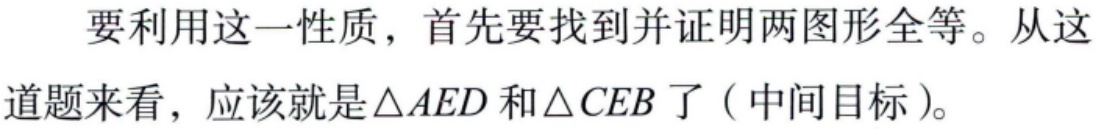
要利用这一性质，首先要找到并证明两图形全等。从这道题来看，应该就是\(\triangle AED\)和\(\triangle CEB\)了（中间目标）。